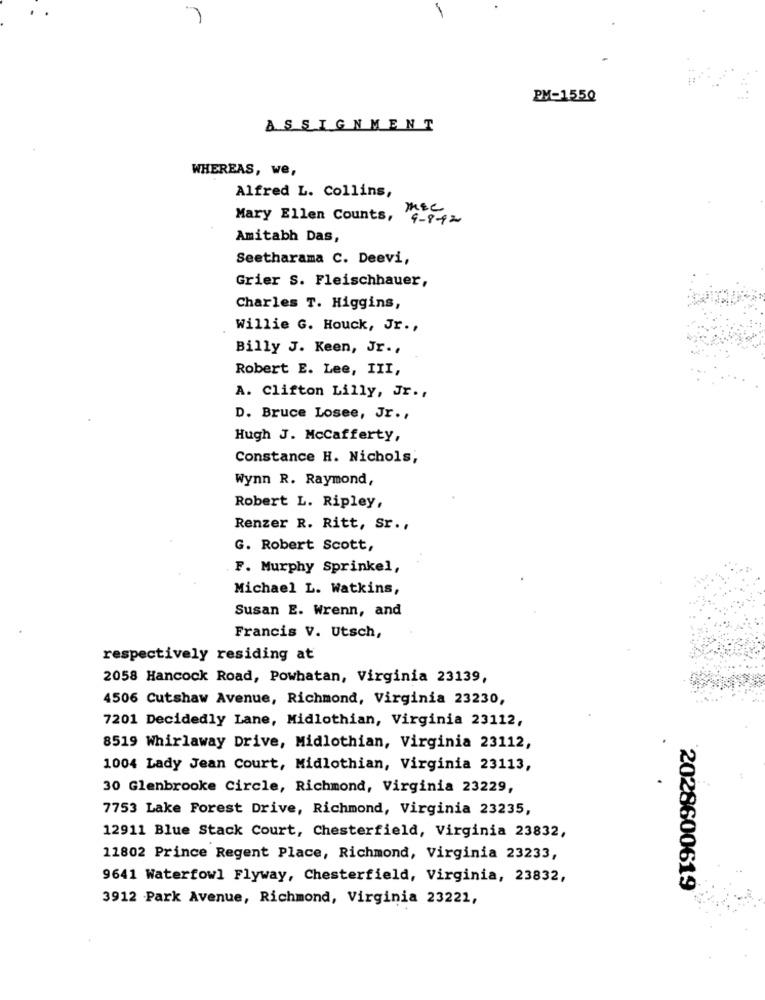
PM-1550
ASSIGNMENT
WHEREAS, we,
Alfred L. Collins,
TEC
Mary Ellen Counts, 4-8-12
Amitabh Das,
Seetharama C. Deevi,
Grier S. Fleischhauer,
Charles T. Higgins,
Willie G. Houck, Jr .,
Billy J. Keen, Jr .,
Robert E. Lee, III,
A. Clifton Lilly, Jr .,
D. Bruce Losee, Jr .,
Hugh J. Mccafferty,
Constance H. Nichols;
Wynn R. Raymond,
Robert L. Ripley,
Renzer R. Ritt, Sr. ,
G. Robert Scott,
F. Murphy Sprinkel,
Michael L. Watkins,
Susan E. Wrenn, and
Francis V. Utsch,
respectively residing at
2058 Hancock Road, Powhatan, Virginia 23139,
4506 Cutshaw Avenue, Richmond, Virginia 23230,
7201 Decidedly Lane, Midlothian, Virginia 23112,
8519 Whirlaway Drive, Midlothian, Virginia 23112,
1004 Lady Jean Court, Midlothian, Virginia 23113,
30 Glenbrooke Circle, Richmond, Virginia 23229,
7753 Lake Forest Drive, Richmond, Virginia 23235,
12911 Blue Stack Court, Chesterfield, Virginia 23832,
11802 Prince Regent Place, Richmond, Virginia 23233,
9641 Waterfowl Flyway, Chesterfield, Virginia, 23832,
2028600619
3912 Park Avenue, Richmond, Virginia 23221,